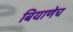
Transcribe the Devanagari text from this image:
बियाणेच